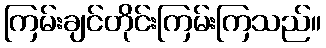
ကြမ်းချင်တိုင်းကြမ်းကြသည်။